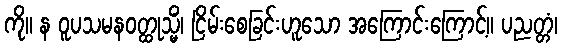
ကို။ န ဝူပသမနဝတ္ထုသ္မိံ၊ ငြိမ်းစေခြင်းဟူသော အကြောင်းကြောင့်။ ပညတ္တံ၊